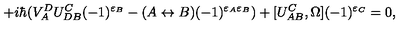
+ i \hbar ( V _ { A } ^ { D } U _ { D B } ^ { C } ( - 1 ) ^ { \varepsilon _ { B } } - ( A \leftrightarrow B ) ( - 1 ) ^ { \varepsilon _ { A } \varepsilon _ { B } } ) + [ U _ { A B } ^ { C } , \Omega ] ( - 1 ) ^ { \varepsilon _ { C } } = 0 ,